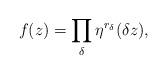
LaTeX: \begin{align*}f(z) = \prod_{\delta } \eta^{r_{\delta}} ( \delta z),\end{align*}